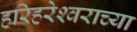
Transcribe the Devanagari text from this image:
हरिहरेश्‍वराच्या